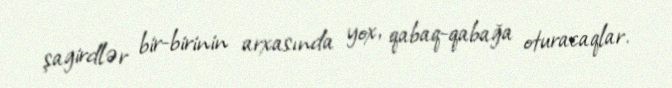
şagirdlər bir-birinin arxasında yox, qabaq-qabağa oturacaqlar.